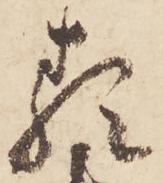
類